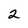
Character: 2